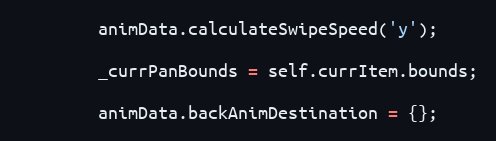
Language: JavaScript
		animData.calculateSwipeSpeed('y');

		_currPanBounds = self.currItem.bounds;

		animData.backAnimDestination = {};